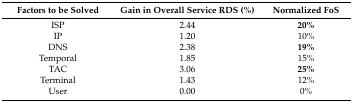
| Factors to be Solved | Gain in Overall Service RDS (%) | Normalized FoS |
 | --- | --- | --- |
 | ISP | 2.44 | 20% |
 | IP | 1.20 | 10% |
 | DNS | 2.38 | 19% |
 | Temporal | 1.85 | 15% |
 | TAC | 3.06 | 25% |
 | Terminal | 1.43 | 12% |
 | User | 0.00 | 0% |